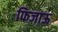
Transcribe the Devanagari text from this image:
फिजाऊ